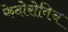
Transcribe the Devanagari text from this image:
फेदोरोविच